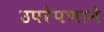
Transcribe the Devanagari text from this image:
उपरेपणाने